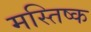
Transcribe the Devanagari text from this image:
मस्तिष्क